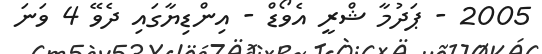
2005 - ޕަދުމާ ޝްރީ އެވޯޑް - އިންޑިޔާގައި ދެވޭ 4 ވަނަ